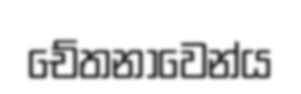
චේතනාවෙන්ය